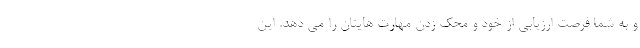
و به شما فرصت ارزیابی از خود و محک زدن مهارت هایتان را می دهد. این